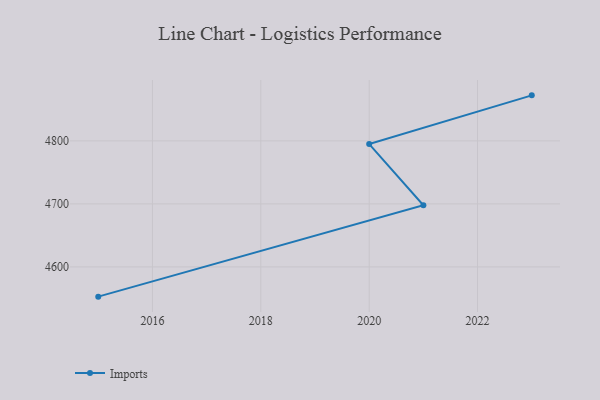
{"axis": {"x": "Year", "y": "Shipments"}, "legend": ["Imports"], "data": [{"x": "2015", "y": 4552.8, "type": "Imports"}, {"x": "2021", "y": 4697.7, "type": "Imports"}, {"x": "2020", "y": 4794.9, "type": "Imports"}, {"x": "2023", "y": 4872.2, "type": "Imports"}]}